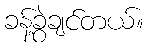
ခန့်ခွဲချင်တယ်။